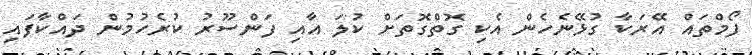
ފޯމްތައް އޭރަކާ ގުޅޭނެހެން އެކި ގޮތްގޮތަށް ކުލަ އާއި ފަންސޫރު ކުރެހުމުން ދައްކާފައި